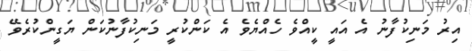
އިރު މަނިކުފާނު އެ އައީ ކީއްވެ ހެއްޔެވެ އެ ކަންކުރީ މަނިކުފާނުކަން ޔަގީންކުރެވޭ